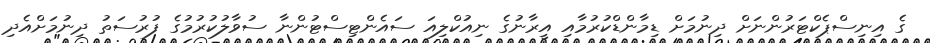
ގެ އިނިސްޕެކްޓަރުންނަށް ދިނުމަށް ޑިމާންޑްކުރުމާއި އީރާނުގެ ނިއުކްލިއަ ސައެންޓިސްޓުންނާ ސުވާލުކުުރުމުގެ ފުރުސަތު ދިނުމަށްއެދި